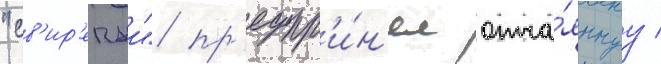
"св'ир'епыи" пр'едпр'и́н'ял отча́яннуу /